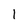
Character: l